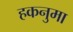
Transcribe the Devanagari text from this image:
हकनुमा